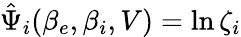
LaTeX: \hat{\Psi}_{i}(\beta_{e},\beta_{i},V)=\ln\zeta_{i}